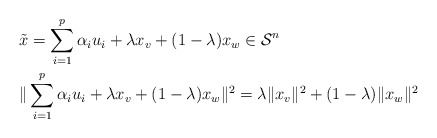
\begin{align*}&\Tilde{x}=\sum\limits_{i=1}^p\alpha_iu_i+\lambda x_v+(1-\lambda)x_w\in\mathcal{S}^n\\ &\|\sum\limits_{i=1}^p\alpha_iu_i+\lambda x_v+(1-\lambda)x_w\|^2=\lambda \|x_v\|^2 + (1-\lambda)\|x_w\|^2\end{align*}